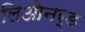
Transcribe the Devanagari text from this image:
लिओनर्ड